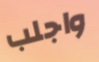
واجلب